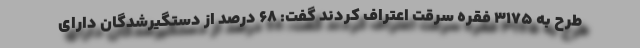
طرح به ۳۱۷۵ فقره سرقت اعتراف کردند گفت: ۶۸ درصد از دستگیرشدگان دارای